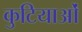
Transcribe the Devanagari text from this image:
कुटियाओं